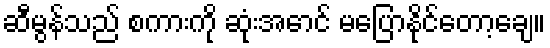
ဆီမွန်သည် စကားကို ဆုံးအောင် မပြောနိုင်တော့ချေ။